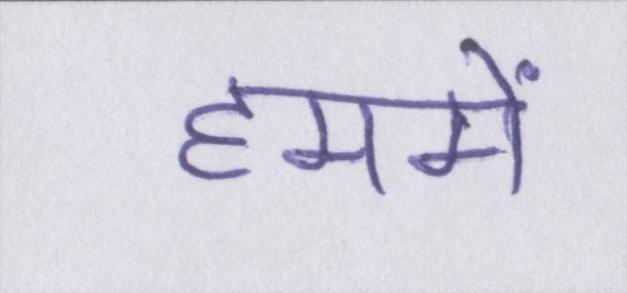
हममें